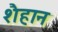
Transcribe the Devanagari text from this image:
शैहान